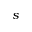
s